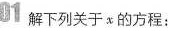
01 解下列关于x的方程：